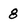
Character: 8